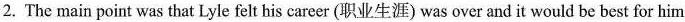
2. The main point was that Lyle felt his career ( 职业生涯 ) was over and it would be best for him